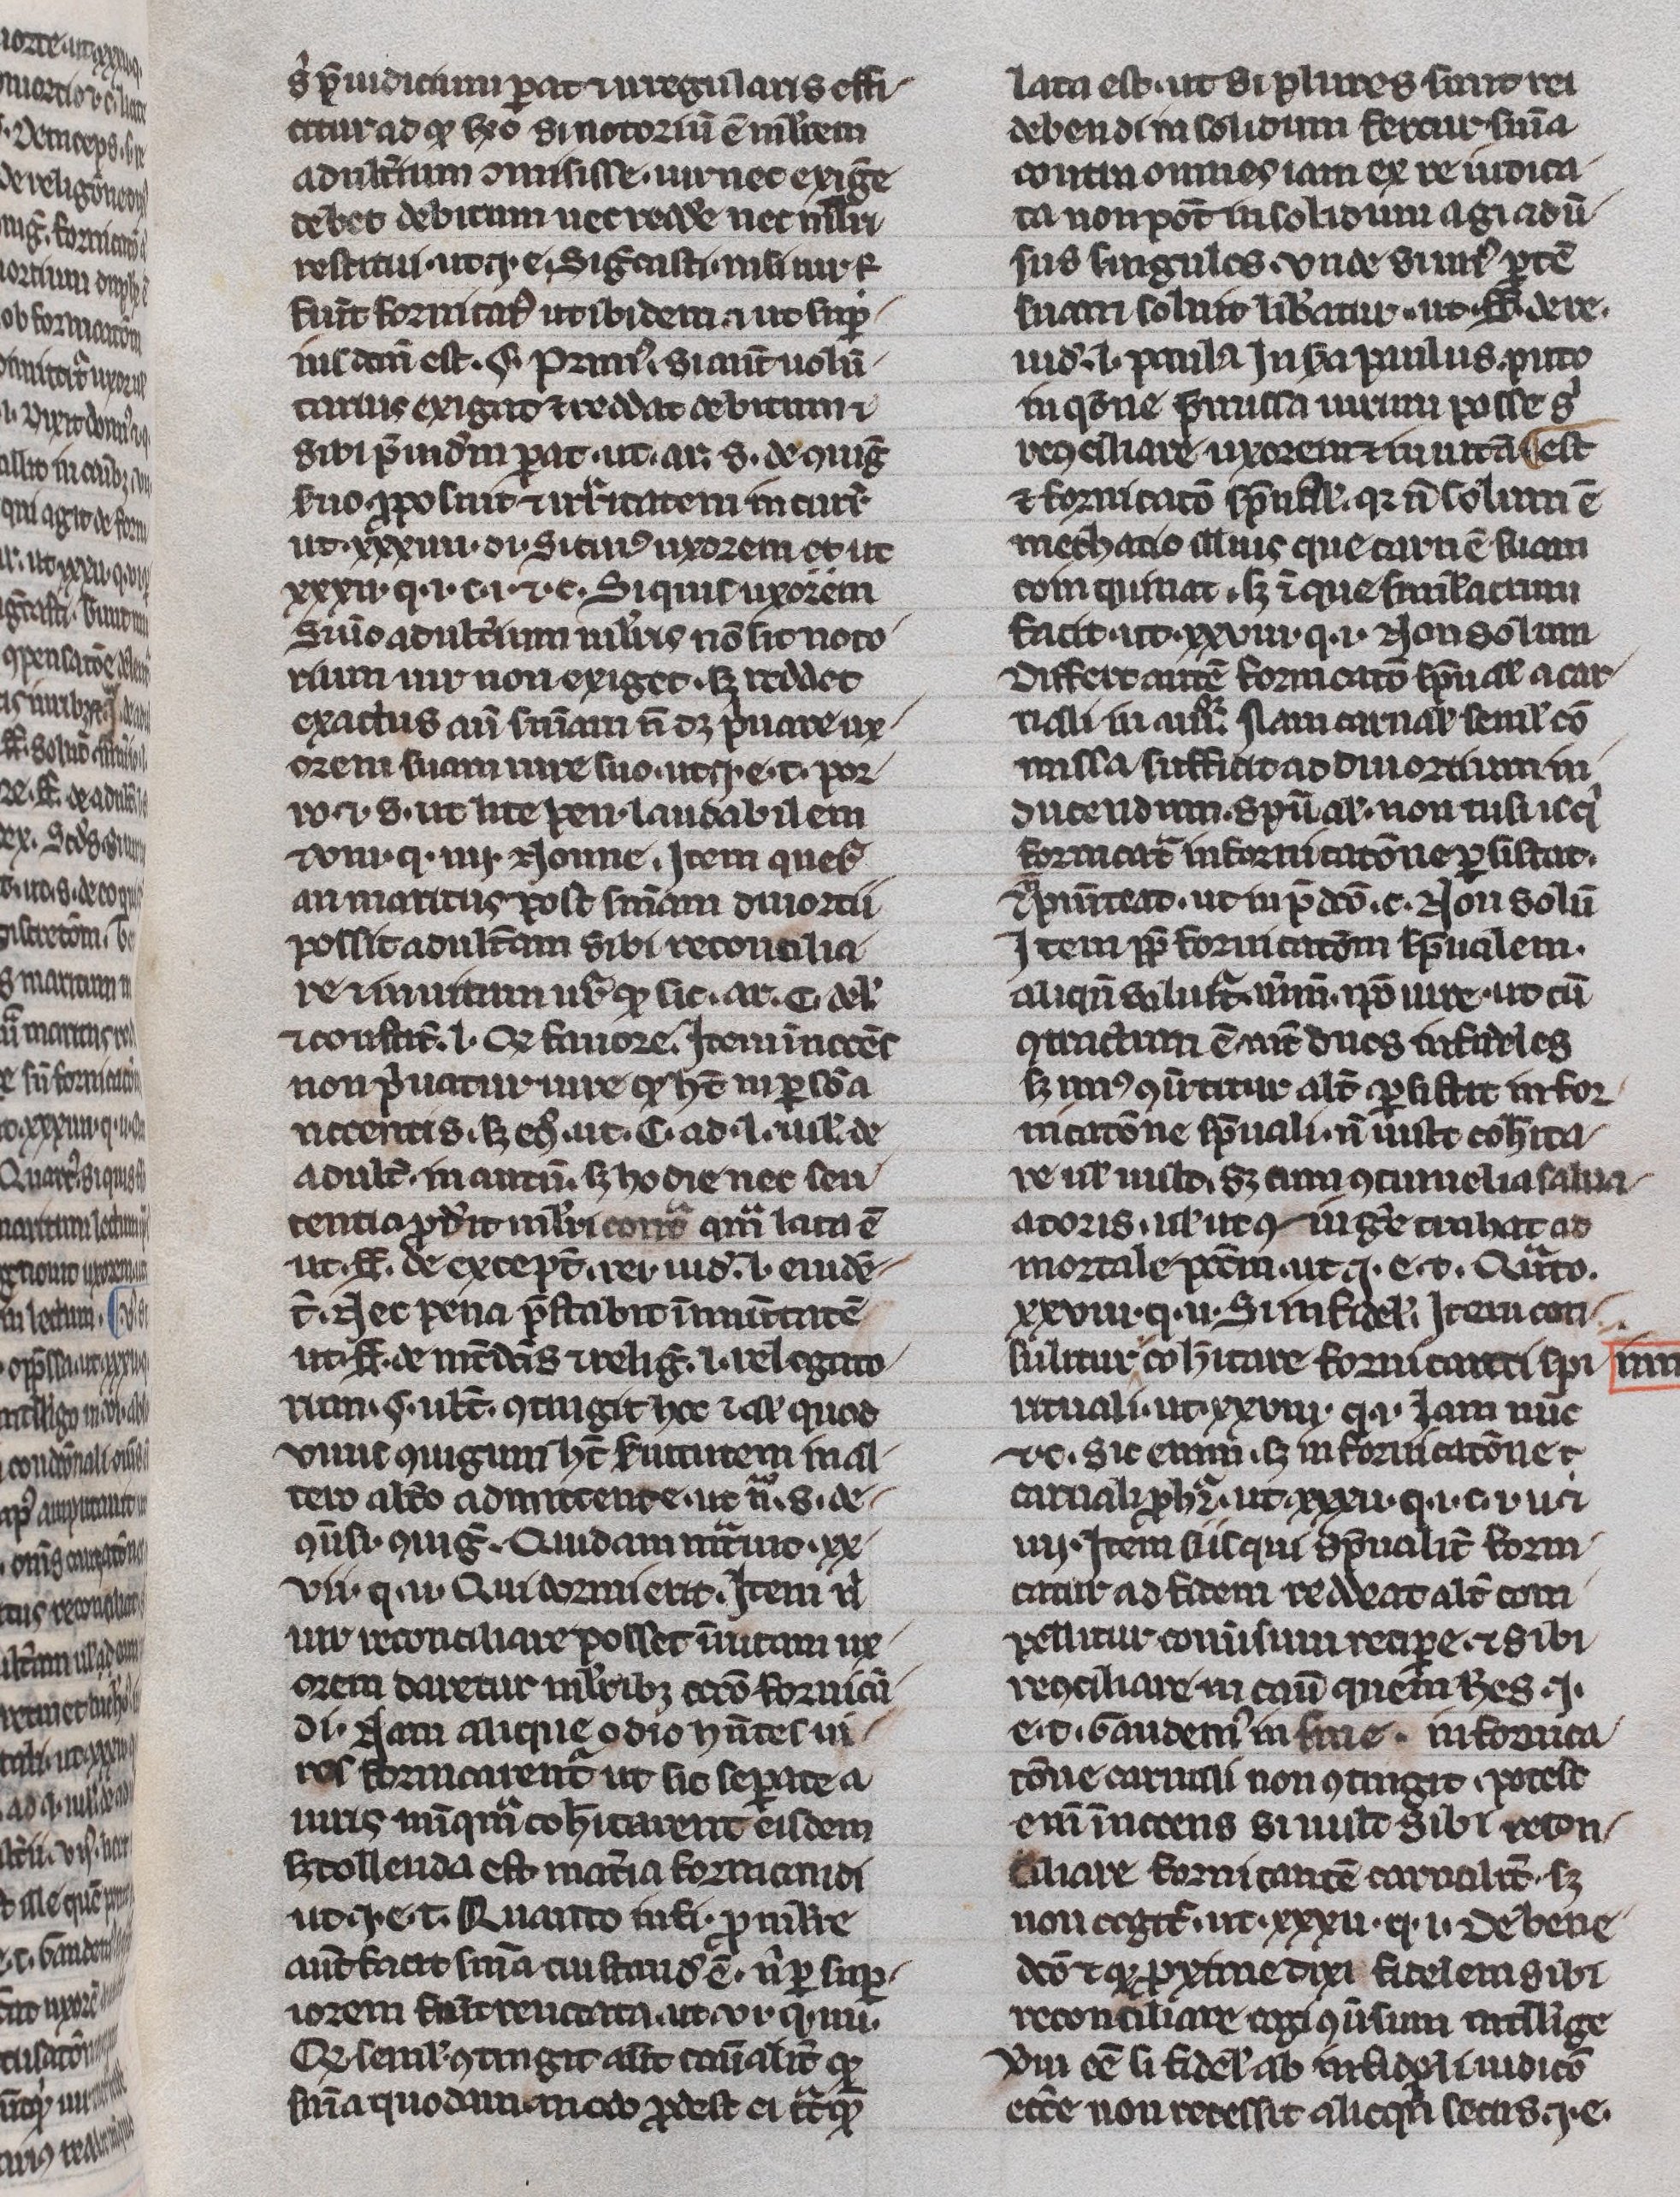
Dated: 1300–1330